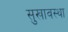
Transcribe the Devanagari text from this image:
सुखावस्था